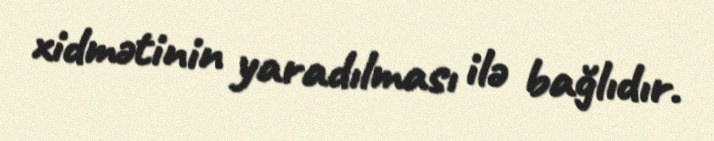
xidmətinin yaradılması ilə bağlıdır.